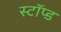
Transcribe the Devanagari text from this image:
स्टॉप्ड